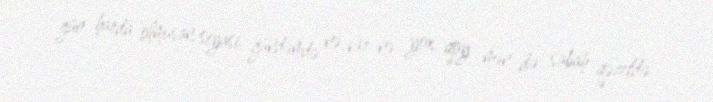
gün harda olmusan, siyasi gündəmdə nə var-nə yox, qoy mən də sabah qəzetdə